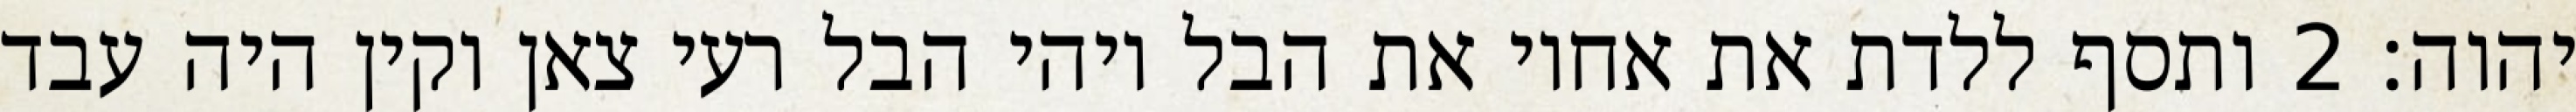
יהוה׃ ‎2‏ ותסף ללדת את אחיו את הבל ויהי הבל רעי צאן וקין היה עבד